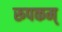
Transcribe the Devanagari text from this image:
रूपकम्